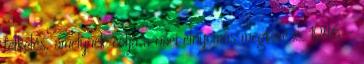
felkelés, amelynek célja a náci elnyomás megtörése. 1946 –